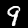
Digit: 9